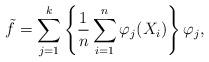
LaTeX: \begin{align*}\tilde{f} = \sum_{j=1}^k \left\{\frac{1}{n}\sum_{i=1}^n\varphi_j(X_i)\right\}\varphi_j, \end{align*}